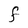
Character: F